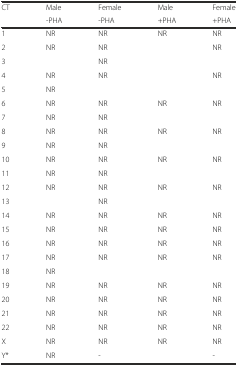
<table><thead><tr><td><b>CT</b></td><td><b>Male</b></td><td><b>Female</b></td><td><b>Male</b></td><td><b>Female</b></td></tr><tr><td></td><td><b>-PHA</b></td><td><b>-PHA</b></td><td><b>+PHA</b></td><td><b>+PHA</b></td></tr></thead><tbody><tr><td>1</td><td>NR</td><td>NR</td><td>NR</td><td>NR</td></tr><tr><td>2</td><td>NR</td><td>NR</td><td></td><td>NR</td></tr><tr><td>3</td><td></td><td>NR</td><td></td><td></td></tr><tr><td>4</td><td>NR</td><td>NR</td><td></td><td>NR</td></tr><tr><td>5</td><td>NR</td><td></td><td></td><td></td></tr><tr><td>6</td><td>NR</td><td>NR</td><td>NR</td><td>NR</td></tr><tr><td>7</td><td>NR</td><td>NR</td><td></td><td></td></tr><tr><td>8</td><td>NR</td><td>NR</td><td>NR</td><td>NR</td></tr><tr><td>9</td><td>NR</td><td>NR</td><td></td><td></td></tr><tr><td>10</td><td>NR</td><td>NR</td><td>NR</td><td>NR</td></tr><tr><td>11</td><td>NR</td><td>NR</td><td></td><td></td></tr><tr><td>12</td><td>NR</td><td>NR</td><td>NR</td><td>NR</td></tr><tr><td>13</td><td></td><td>NR</td><td></td><td></td></tr><tr><td>14</td><td>NR</td><td>NR</td><td>NR</td><td>NR</td></tr><tr><td>15</td><td>NR</td><td>NR</td><td>NR</td><td>NR</td></tr><tr><td>16</td><td>NR</td><td>NR</td><td>NR</td><td>NR</td></tr><tr><td>17</td><td>NR</td><td>NR</td><td>NR</td><td>NR</td></tr><tr><td>18</td><td>NR</td><td></td><td></td><td></td></tr><tr><td>19</td><td>NR</td><td>NR</td><td>NR</td><td>NR</td></tr><tr><td>20</td><td>NR</td><td>NR</td><td>NR</td><td>NR</td></tr><tr><td>21</td><td>NR</td><td>NR</td><td>NR</td><td>NR</td></tr><tr><td>22</td><td>NR</td><td>NR</td><td>NR</td><td>NR</td></tr><tr><td>X</td><td>NR</td><td>NR</td><td>NR</td><td>NR</td></tr><tr><td>Y*</td><td>NR</td><td>-</td><td></td><td>-</td></tr></tbody></table>